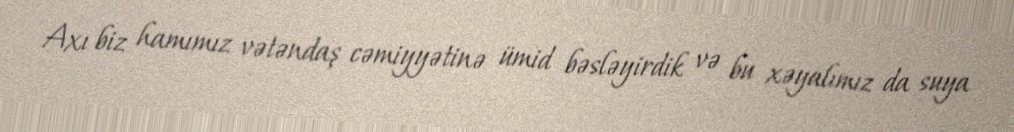
Axı biz hamımız vətəndaş cəmiyyətinə ümid bəsləyirdik və bu xəyalımız da suya